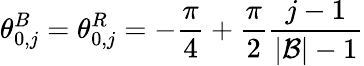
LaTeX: \theta_{0,j}^{B}=\theta_{0,j}^{R}=-\frac{\pi}{4}+\frac{\pi}{2}\frac{j-1}{|{\cal B}|-1}